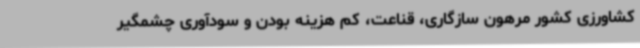
کشاورزی کشور مرهون سازگاری، قناعت، کم هزینه بودن و سودآوری چشمگیر